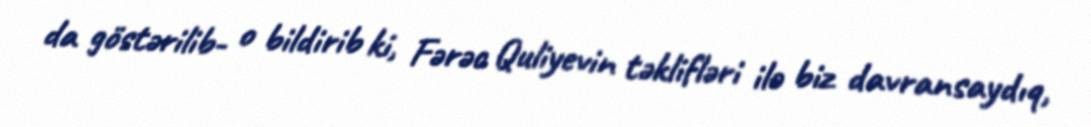
da göstərilib- o bildirib ki, Fərəc Quliyevin təklifləri ilə biz davransaydıq,